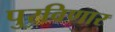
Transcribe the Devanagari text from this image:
पुरविणार